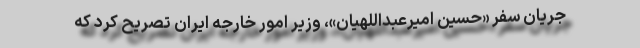
جریان سفر «حسین امیرعبداللهیان»، وزیر امور خارجه ایران تصریح کرد که